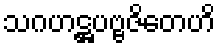
သဂဟဋ္ဌပဗ္ဗဇိတေဟိ